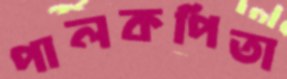
পালকপিতা